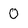
Character: O